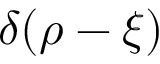
\delta ( \boldsymbol { \rho } - \boldsymbol { \xi } )